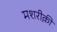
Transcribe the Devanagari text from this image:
मशरीक़ी